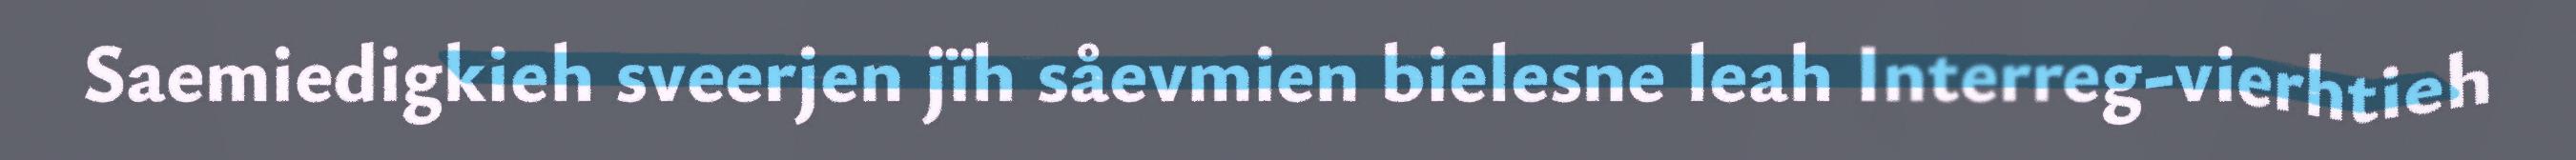
Saemiedigkieh sveerjen jïh såevmien bielesne leah Interreg-vierhtieh